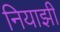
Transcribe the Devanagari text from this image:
नियाझी